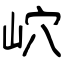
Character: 岤